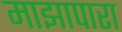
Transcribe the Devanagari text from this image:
माझापारा